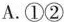
A.①②